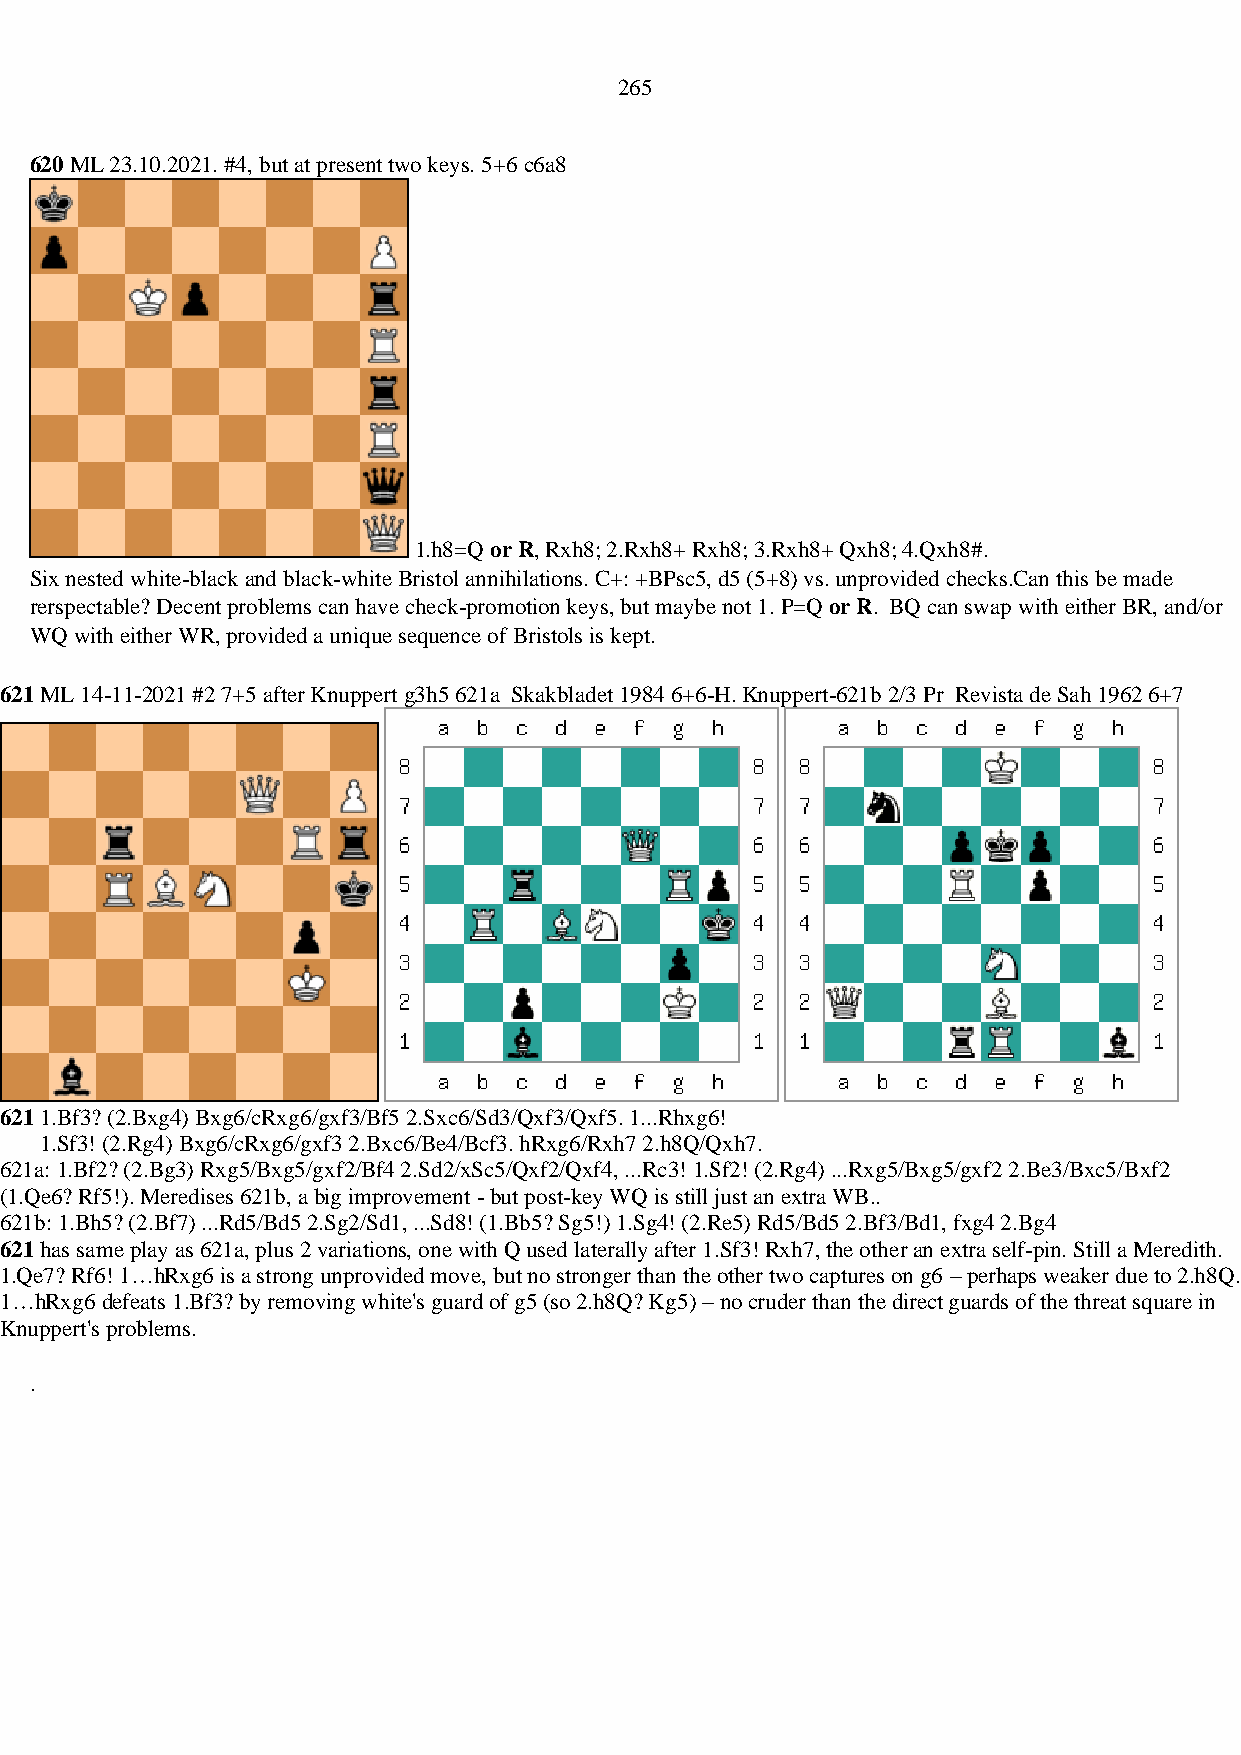
265
 620 ML 23.10.2021. #4, but at present two keys. 5+6 c6a8
 1.h8=Q or R, Rxh8; 2.Rxh8+ Rxh8; 3.Rxh8+ Qxh8; 4.Qxh8#.
 Six nested white-black and black-white Bristol annihilations. C+: +BPsc5, d5 (5+8) vs. unprovided checks.Can this be made
 rerspectable? Decent problems can have check-promotion keys, but maybe not 1. P=Q or R. BQ can swap with either BR, and/or
 WQ with either WR, provided a unique sequence of Bristols is kept.
 621 ML 14-11-2021 #2 7+5 after Knuppert g3h5 621a Skakbladet 1984 6+6-H. Knuppert-621b 2/3 Pr Revista de Sah 1962 6+7
 621 1.Bf3? (2.Bxg4) Bxg6/cRxg6/gxf3/Bf5 2.Sxc6/Sd3/Qxf3/Qxf5. 1...Rhxg6!
 1.Sf3! (2.Rg4) Bxg6/cRxg6/gxf3 2.Bxc6/Be4/Bcf3. hRxg6/Rxh7 2.h8Q/Qxh7.
 621a: 1.Bf2? (2.Bg3) Rxg5/Bxg5/gxf2/Bf4 2.Sd2/xSc5/Qxf2/Qxf4, ...Rc3! 1.Sf2! (2.Rg4) ...Rxg5/Bxg5/gxf2 2.Be3/Bxc5/Bxf2
 (1.Qe6? Rf5!). Meredises 621b, a big improvement - but post-key WQ is still just an extra WB..
 621b: 1.Bh5? (2.Bf7) ...Rd5/Bd5 2.Sg2/Sd1, ...Sd8! (1.Bb5? Sg5!) 1.Sg4! (2.Re5) Rd5/Bd5 2.Bf3/Bd1, fxg4 2.Bg4
 621 has same play as 621a, plus 2 variations, one with Q used laterally after 1.Sf3! Rxh7, the other an extra self-pin. Still a Meredith.
 1.Qe7? Rf6! 1…hRxg6 is a strong unprovided move, but no stronger than the other two captures on g6 – perhaps weaker due to 2.h8Q.
 1…hRxg6 defeats 1.Bf3? by removing white's guard of g5 (so 2.h8Q? Kg5) – no cruder than the direct guards of the threat square in
 Knuppert's problems.
 .